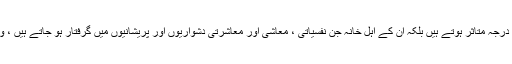
جس کے نتیجہ میں نہ صرف قیاس اور غیر مصدقہ معلومات کی بنا پر گرفتار شدہ اشخاص حد درجہ متاثر ہوتے ہیں بلکہ ان کے اہل خانہ جن نفسیاتی ، معاشی اور معاشرتی دشواریوں اور پریشانیوں میں گرفتار ہو جاتے ہیں ، وہ اس فرد کی گرفتاری سے کہیں زیادہ تکلیف دہ اور خطر ناک ہے جو فرد واحد پر گزرتی ہے۔